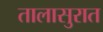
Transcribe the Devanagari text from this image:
तालासुरात